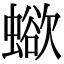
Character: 𧐄